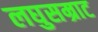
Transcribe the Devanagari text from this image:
लघुसम्राट